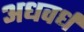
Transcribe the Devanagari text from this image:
अधवर्ध